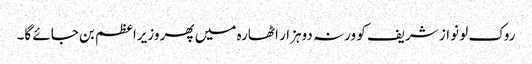
روک لو نواز شریف کو ورنہ دوہزار اٹھارہ میں پھر وزیراعظم بن جائے گا۔